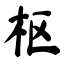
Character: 枢